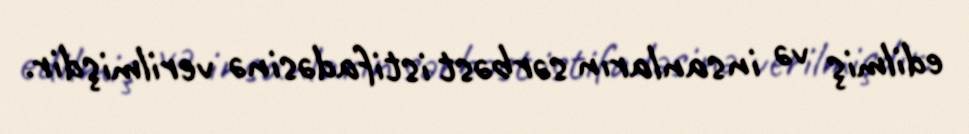
edilmiş və insanların sərbəst istifadəsinə verilmişdir.